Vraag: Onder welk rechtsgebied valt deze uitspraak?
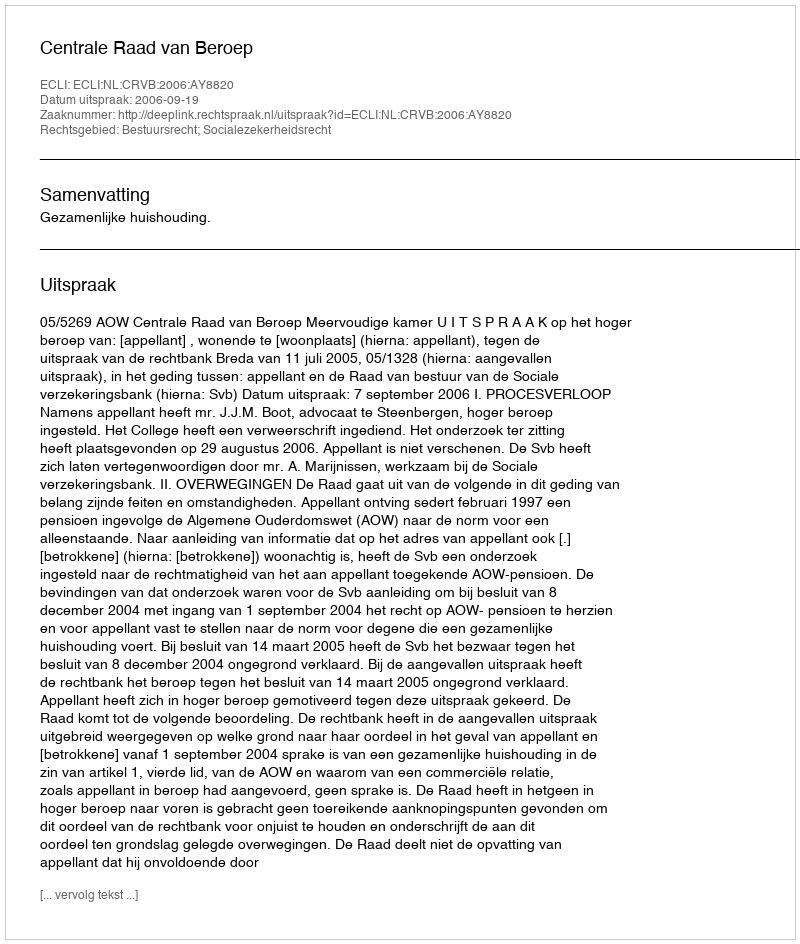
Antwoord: Bestuursrecht; Socialezekerheidsrecht